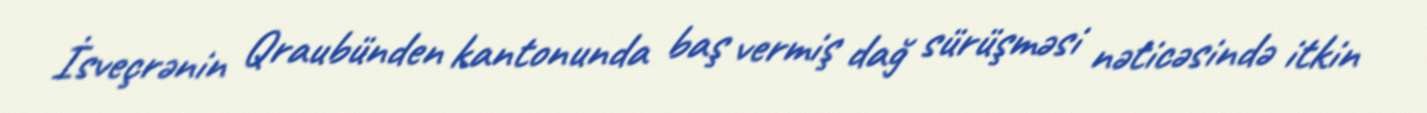
İsveçrənin Qraubünden kantonunda baş vermiş dağ sürüşməsi nəticəsində itkin